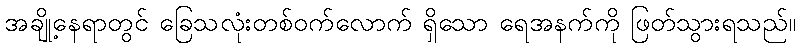
အချို့နေရာတွင် ခြေသလုံးတစ်ဝက်လောက် ရှိသော ရေအနက်ကို ဖြတ်သွားရသည်။